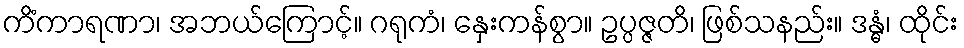
ကိံကာရဏာ၊ အဘယ်ကြောင့်။ ဂရုကံ၊ နှေးကန်စွာ။ ဥပ္ပဇ္ဇတိ၊ ဖြစ်သနည်း။ ဒန္ဓံ၊ ထိုင်း